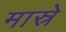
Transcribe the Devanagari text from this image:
मास्रे